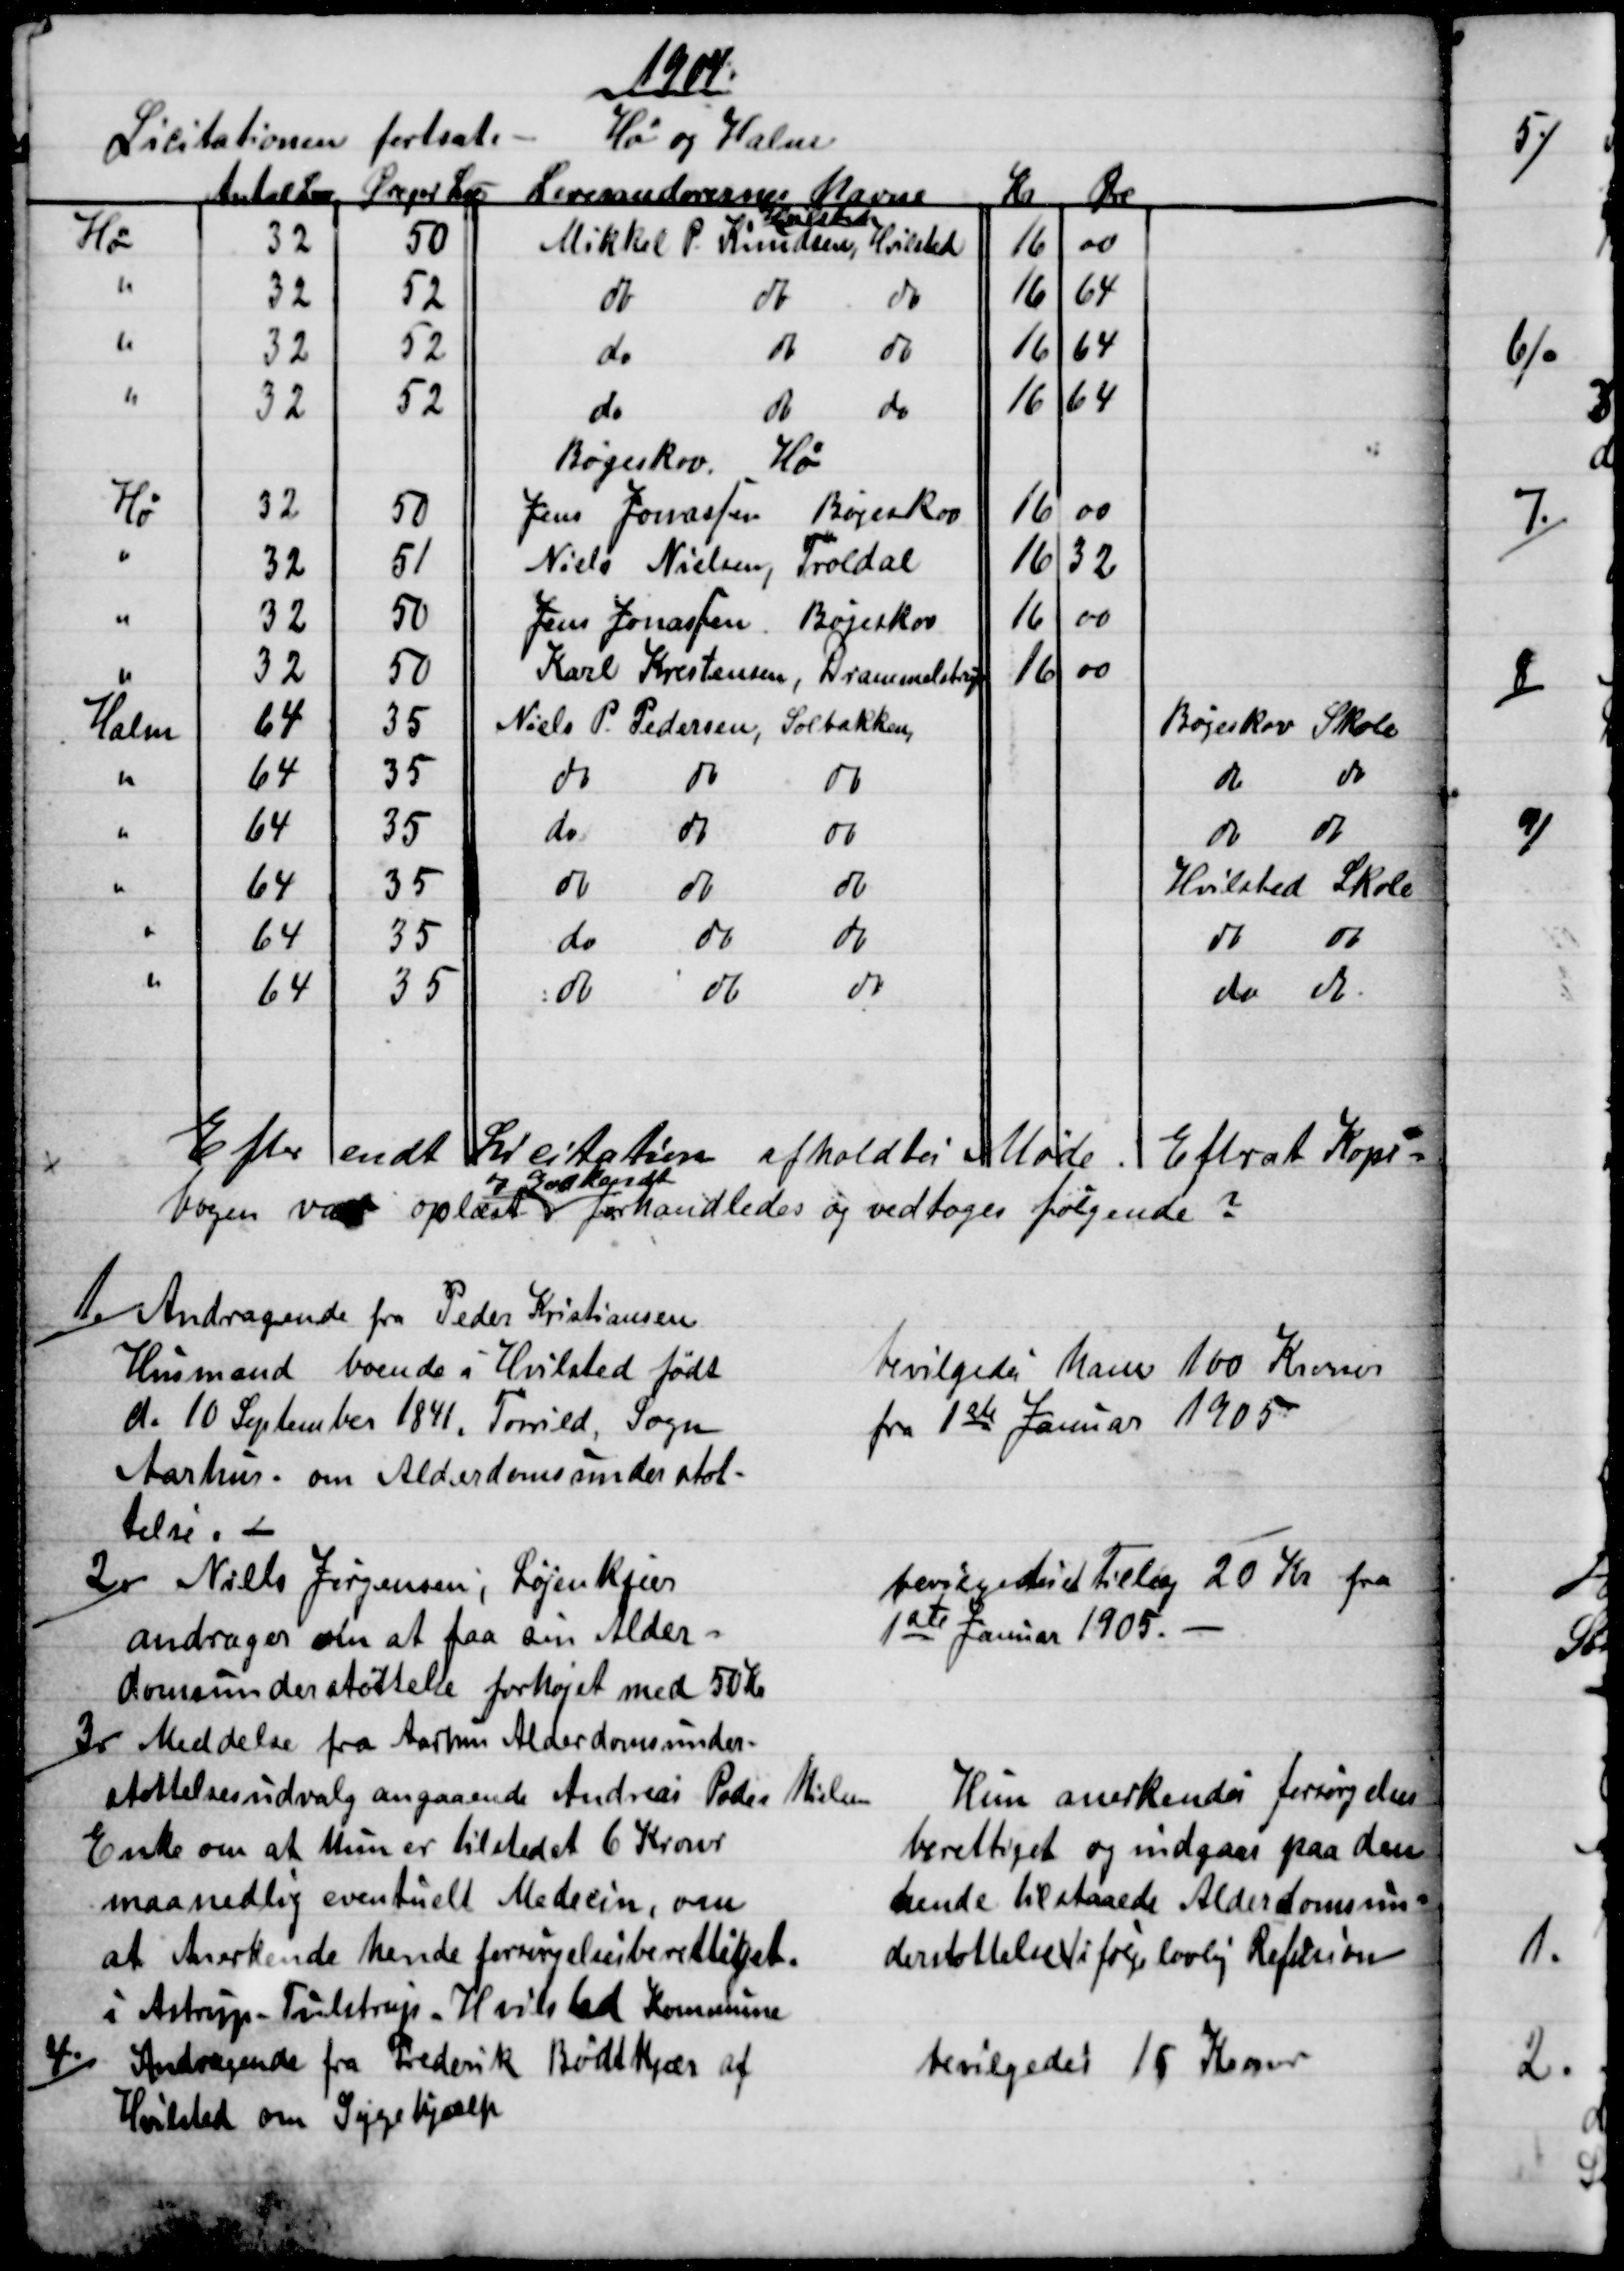
Transskription:
1904
Licitationen fortsat.
Hø og Halm
Antal L℔
Øre pr L℔
Leverandørernes Navne
Kr
Øre
Hvilsted
Hø
32
50
Mikkel P. Knudsen, Hvilsted
16
00
32
52
do
do
do
16
64
32
52
do
do
do
16
64
32
52
do
do 
do 
16
64
Bøgeskov.
Hø
Hø
32
50
Jens Jonassen
Bøgeskov
16
00
32
51
Niels Nielsen
Troldal
16
32
32
50
Jens Jonassen
Bøgeskov
16
00
32
50
Karl Krestensen
Drammelstrup
16
00
Halm
64
35
Niels P. Pedersen, Solbakken,
Bøgeskov Skole
64
35
do
do
do
do 
do 
64
35
do
do
do
do 
do 
64
35
do
do
do
Hvilsted Skole
64
35
do
do
do
do 
do 
64
35
do
do
do
do 
do 
Efter endt Licitation afholdtes Møde. Efterat Kopi=
bogen var oplæst 
og Godkendt
forhandledes og vedtoges følgende ?
1.)
Andragende fra Peder Kristiansen
Husmand boende i Hvilsted født
d. 10 September 1841, Torrild, Sogn
Aarhus. om Alderdomsunderstøt-
telse. 
bevilgedes ham 100 Kroner
fra 1ste Januar 1905
2.)
Niels Jørgensen, Løjenkjær
andrager om at faa sin Alder=
domsunderstøttelse forhøjet med 50 Kr.
bevilgedes et Tillæg 20 Kr fra
1ste Januar 1905.
3.)
Meddelse fra Aarhus Alderdomsunder-
støttelsesudvalg angaaende Andreas Peder Nielsen
Enke om at hun er tilstedet 6 Kroner
maanedlig eventuelt Medecin, om
at Anerkende hende forsørgelsesberettiget.
i Astrup-Tulstrup - Hvilsted Kommune
Hun anerkendes forsørgelses
berettiget og indgaar paa den 
hende tilstaaede Alderdomsun=
derstøttelse i følge lovlig Refusion
4.)
Andragende fra Frederik Bødtkjær af
Hvilsted om Sygehjælp
bevilgedes 15 Kroner